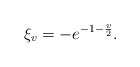
\begin{align*}\xi_v = -e^{-1-\frac{v}{2}}.\end{align*}